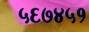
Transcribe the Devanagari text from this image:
५६७४५१